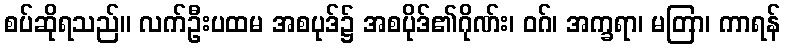
စပ်ဆိုရသည်။ လက်ဦးပထမ အစပုဒ်၌ အစပိုဒ်၏ဂိုဏ်း၊ ဝဂ်၊ အက္ခရာ၊ မတြာ၊ ကာရန်